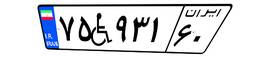
۷۵W۹۳۱۶۰